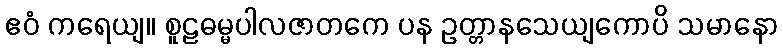
ဧဝံ ကရေယျ။ စူဠဓမ္မပါလဇာတကေ ပန ဥတ္တာနသေယျကောပိ သမာနော